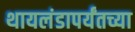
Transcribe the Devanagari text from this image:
थायलंडापर्यंतच्या